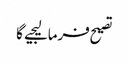
تصیح فرمالیجیے گا